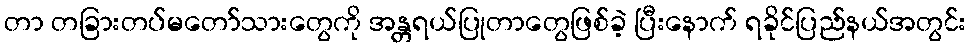
တာ တခြားတပ်မတော်သားတွေကို အန္တရယ်ပြုတာတွေဖြစ်ခဲ့ ပြီးနောက် ရခိုင်ပြည်နယ်အတွင်း